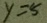
y = 5